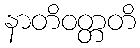
နာတိဝတ္တတိ